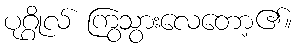
ပုဂ္ဂိုလ် ကြွသွားလေတော့၏။